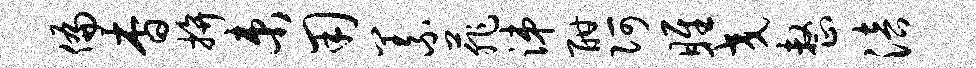
偏杳拚束用义菲涕酣阿雎交整涪